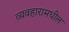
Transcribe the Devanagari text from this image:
व्यवहारामधील